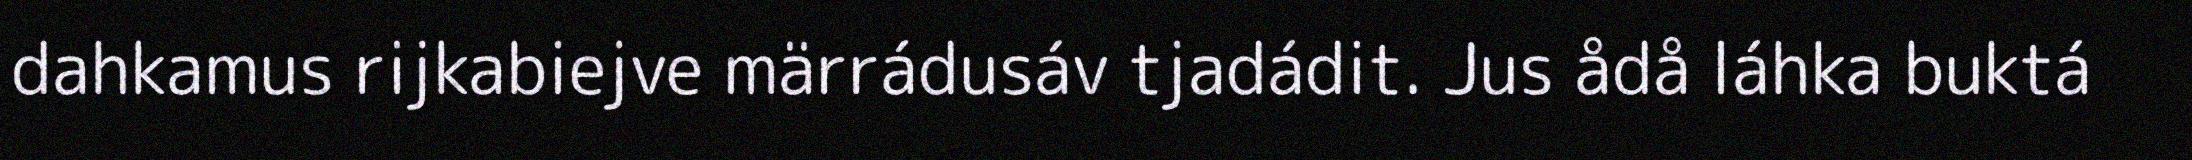
dahkamus rijkabiejve märrádusáv tjadádit. Jus ådå láhka buktá